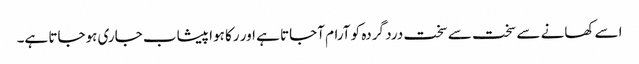
اسے کھانے سے سخت سے سخت درد گردہ کو آرام آجاتا ہے اور رکا ہوا پیشاب جاری ہوجاتا ہے۔